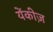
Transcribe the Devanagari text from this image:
येंकीज़